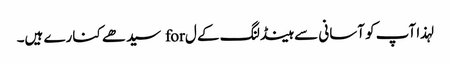
لہذا آپ کو آسانی سے ہینڈلنگ کے ل for سیدھے کنارے ہیں۔